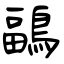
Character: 鶝